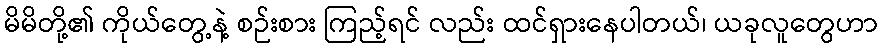
မိမိတို့၏ ကိုယ်တွေ့နဲ့ စဉ်းစား ကြည့်ရင် လည်း ထင်ရှားနေပါတယ်၊ ယခုလူတွေဟာ